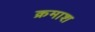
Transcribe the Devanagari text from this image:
क्रमाश